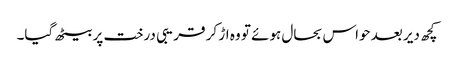
کچھ دیر بعد حواس بحال ہوئے تو وہ اڑ کر قریبی درخت پر بیٹھ گیا۔